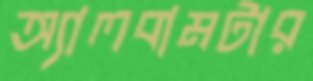
অ্যালবামটার